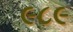
૯૮૯